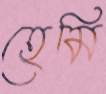
হেমি